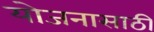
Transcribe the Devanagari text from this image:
योजनासाठी